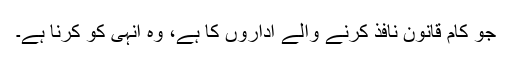
جو کام قانون نافذ کرنے والے اداروں کا ہے، وہ انہی کو کرنا ہے۔